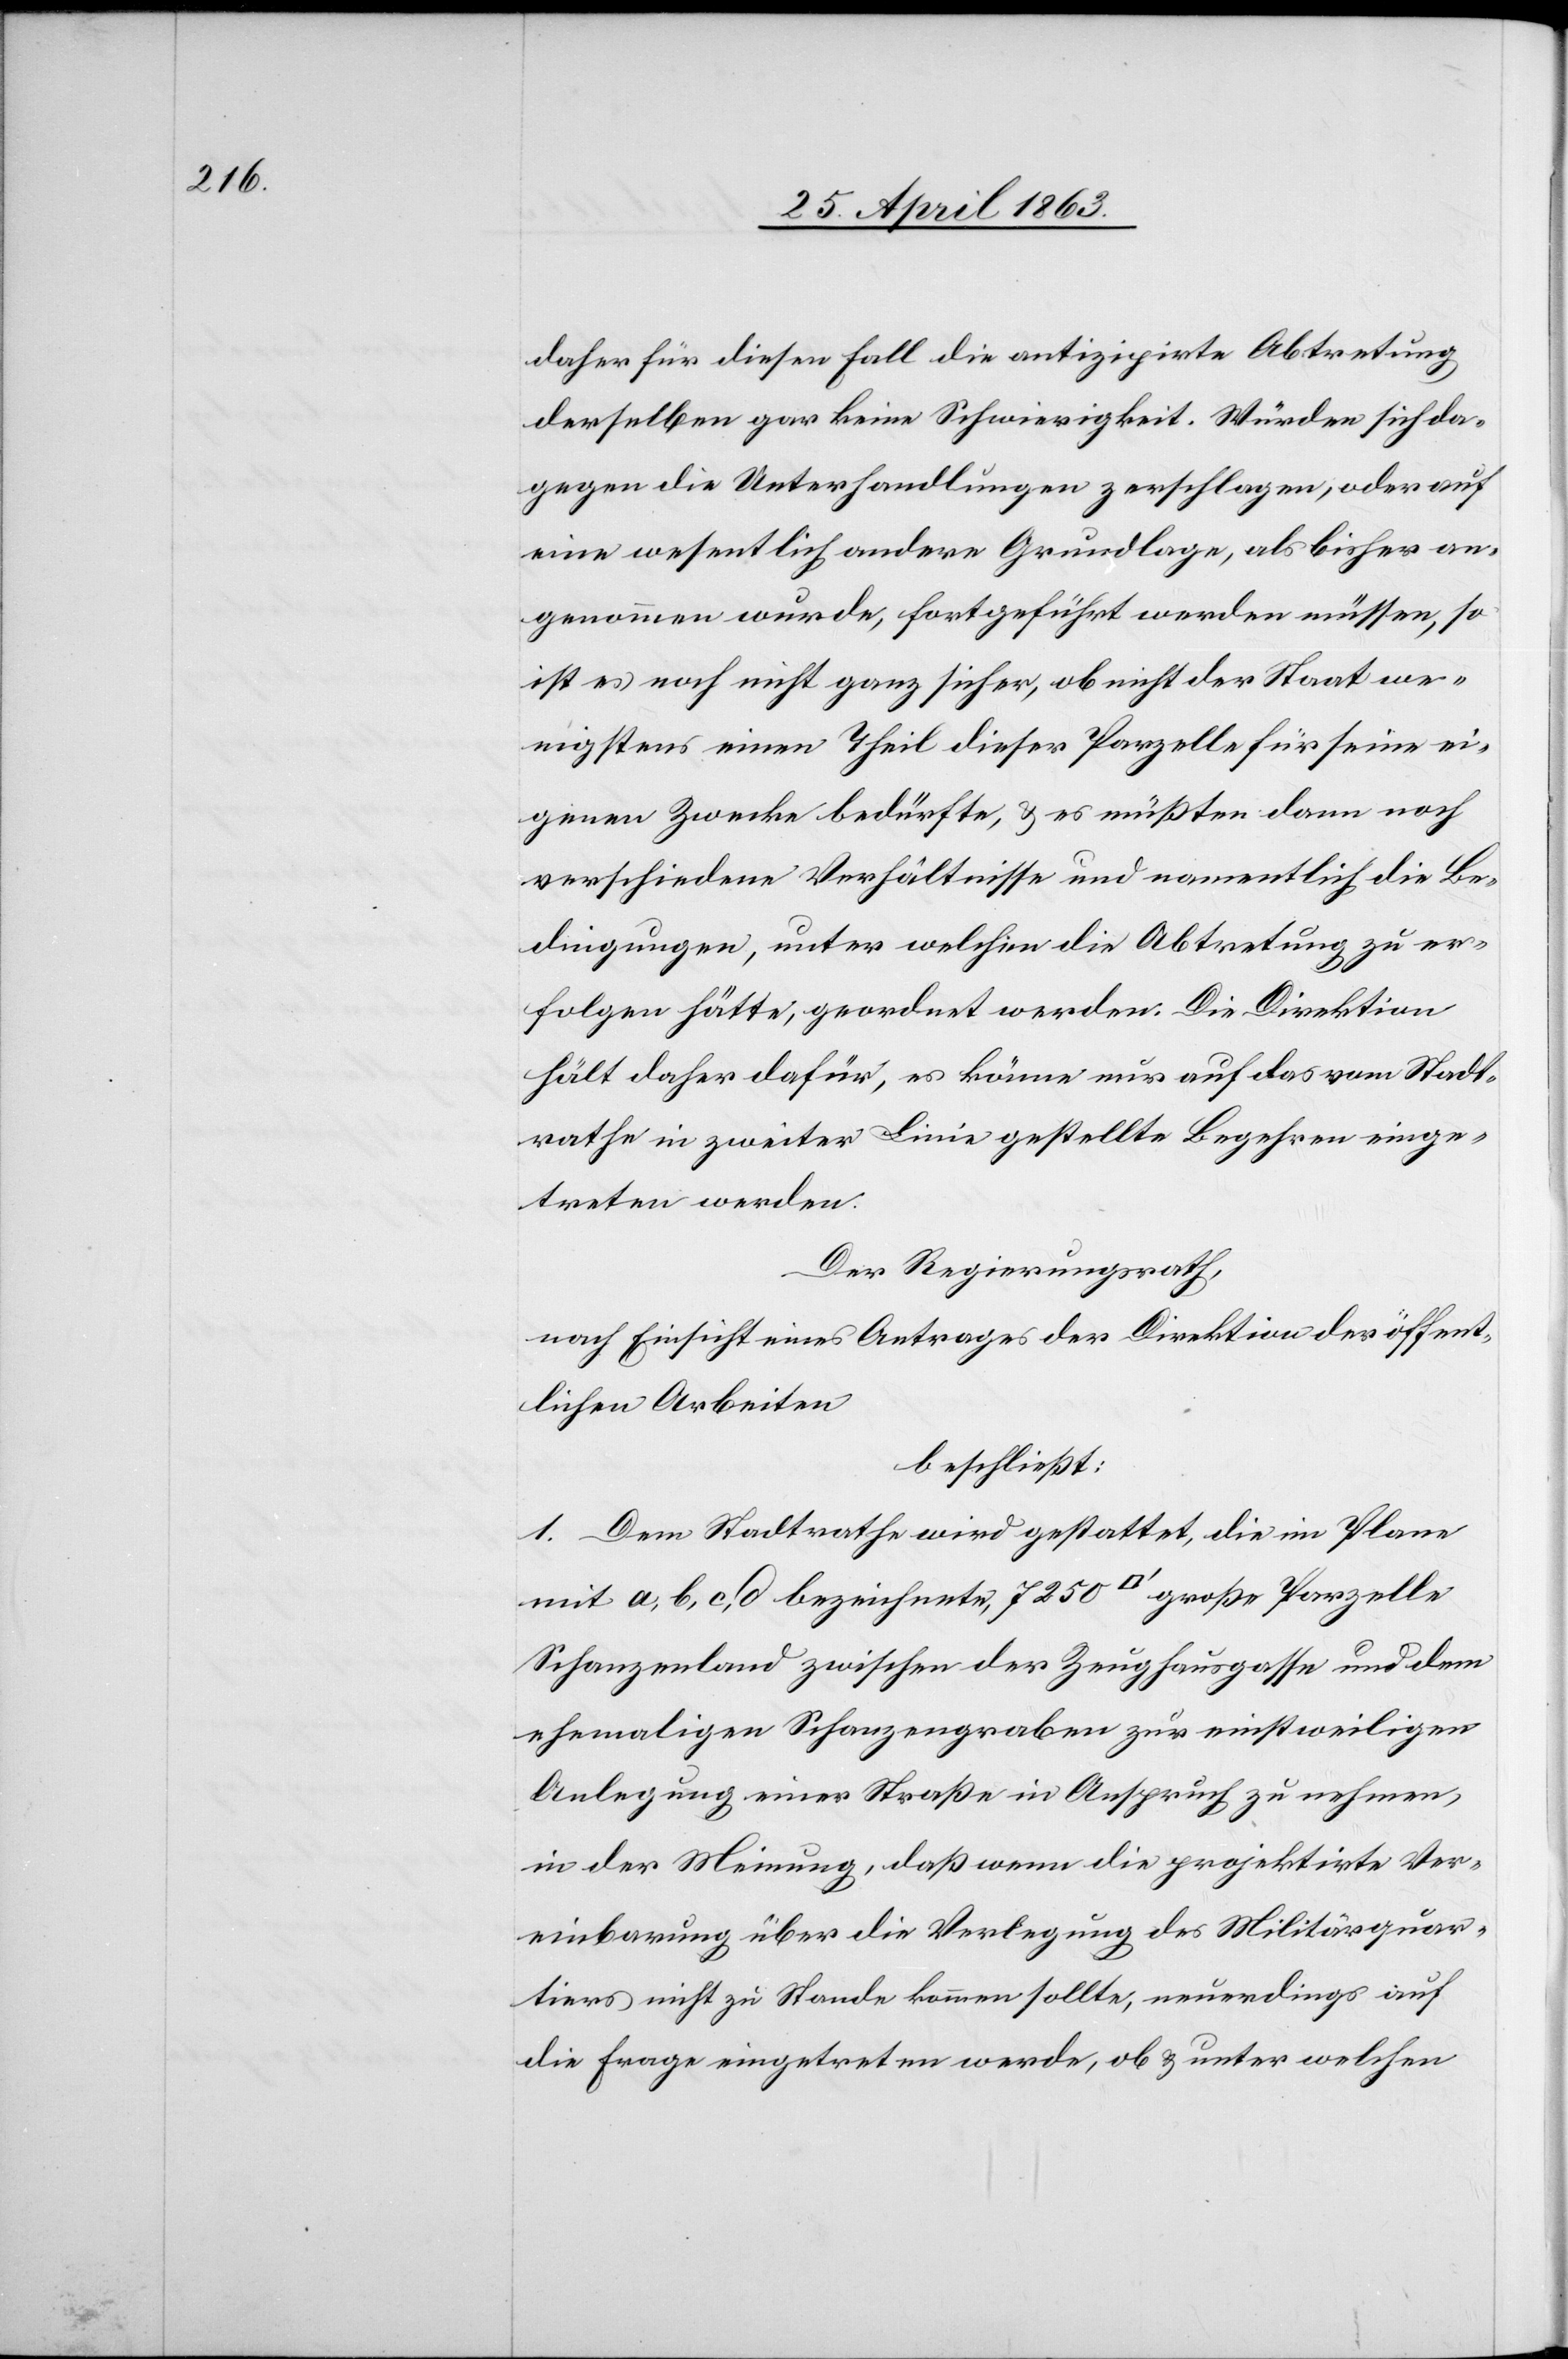
daher für diesen Fall die antizipirte Abtretung
derselben gar keine Schwierigkeit. Würden sich da¬
gegen die Unterhandlungen zerschlagen, oder auf
eine wesentlich andere Grundlage, als bisher an¬
genommen wurde, fortgeführt werden müssen, so
ist es noch nicht ganz sicher, ob nicht der Staat we¬
nigstens einen Theil dieser Parzelle für seine ei¬
genen Zwecke bedürfte, & es müßten dann noch
verschiedene Verhältnisse und namentlich die Be¬
dingungen, unter welchen die Abtretung zu er¬
folgen hätte, geordnet werden. Die Direktion
hält daher dafür, es könne nur auf das vom Stadt¬
rathe in zweiter Linie gestellte Begehren einge¬
treten werden.
Der Regierungsrath,
nach Einsicht eines Antrages der Direktion der öffent¬
lichen Arbeiten
beschließt:
1. Dem Stadtrathe wird gestattet, die im Plane
mit a, b, c, d bezeichnete, 7250 [Quadratfuss] große Parzelle
Schanzenland zwischen der Zeughausgasse und dem
ehemaligen Schanzengraben zur einstweiligen
Anlegung einer Straße in Anspruch zu nehmen,
in der Meinung, daß wenn die projektirte Ver¬
einbarung über die Verlegung des Militärquar¬
tiers nicht zu Stande kommen sollte, neuerdings auf
die Frage eingetreten werde, ob & unter welchen